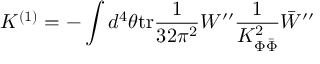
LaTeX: K ^ { ( 1 ) } = - \int d ^ { 4 } \theta \mathrm { t r } \frac { 1 } { 3 2 \pi ^ { 2 } } W ^ { \prime \prime } \frac { 1 } { K _ { \Phi \bar { \Phi } } ^ { 2 } } \bar { W } ^ { \prime \prime }